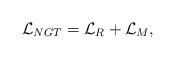
LaTeX: \begin{align*}{\cal L}_{NGT}={\cal L}_R+{\cal L}_M,\end{align*}